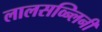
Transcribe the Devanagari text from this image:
लालसव्न्लिनी